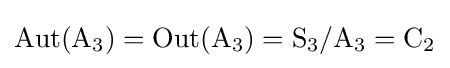
\operatorname {Aut} (\mathrm {A} _{3})=\operatorname {Out} (\mathrm {A} _{3})=\mathrm {S} _{3}/\mathrm {A} _{3}=\mathrm {C} _{2}